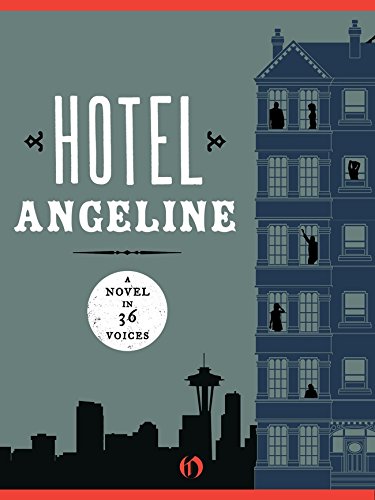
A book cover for Hotel Angeline: A Novel in 36 Voices; Garth Stein; Literature & Fiction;